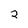
Character: 2